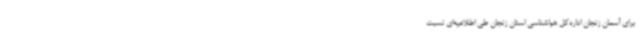
برای آسمان زنجان اداره‌کل هواشناسی استان زنجان طی اطلاعیه‌ای نسبت